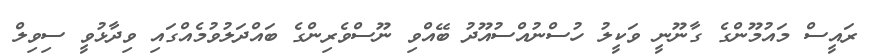
ރައީސް މައުމޫންގެ ގާނޫނީ ވަކީލު ހުސްނުއްސުއޫދު ބޭއްވި ނޫސްވެރިންގެ ބައްދަލުވުމެއްގައި ވިދާޅުވީ ސިވިލް